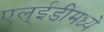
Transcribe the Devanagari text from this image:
एल्ईडीमध्ये